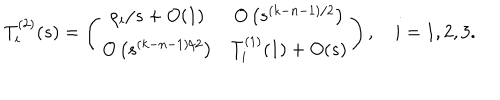
\renewcommand { \arraystretch } { 1 . 4 } T _ { i } ^ { ( 2 ) } ( s ) = \left( \begin{array} { c c } { { \rho _ { i } / s + O ( 1 ) } } & { { O \left( s ^ { ( k - n - 1 ) / 2 } \right) } } \\ { { O \left( s ^ { ( k - n - 1 ) / 2 } \right) } } & { { T _ { i } ^ { ( 1 ) } ( 1 ) + O ( s ) } } \\ \end{array} \right) , \quad i = 1 , 2 , 3 .